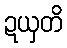
ဍယှတိ